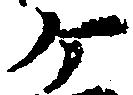
ヶ